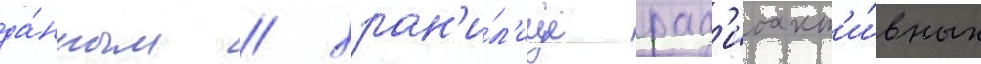
да́нным / хран'и́л'ище рад'иоакт'и́вных